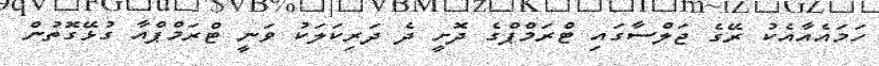
ހަމައެއާއެކު ރޭގެ ޖަލްސާގައި ޓްރަމްޕްގެ ދޮށީ ދެ ދަރިކަލަކު ވަނީ ޓްރަމްޕްއާ ގުޅޭގޮތުން